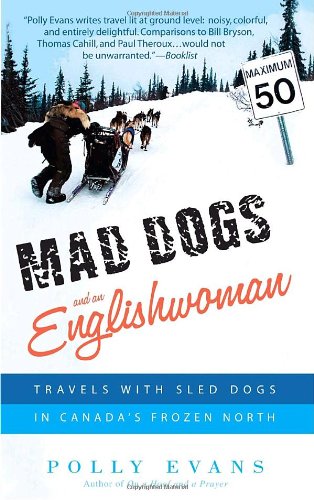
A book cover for Mad Dogs and an Englishwoman: Travels with Sled Dogs in Canada's Frozen North; Polly Evans; Sports & Outdoors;